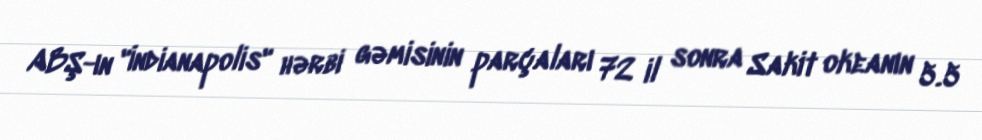
ABŞ-ın "İndianapolis" hərbi gəmisinin parçaları 72 il sonra Sakit okeanın 5.5